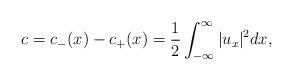
LaTeX: \begin{align*}c=c_-(x) - c_+(x) = \frac{1}{2}\int_{-\infty}^\infty |u_x |^2dx,\end{align*}